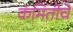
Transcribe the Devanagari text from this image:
कंमितीचे